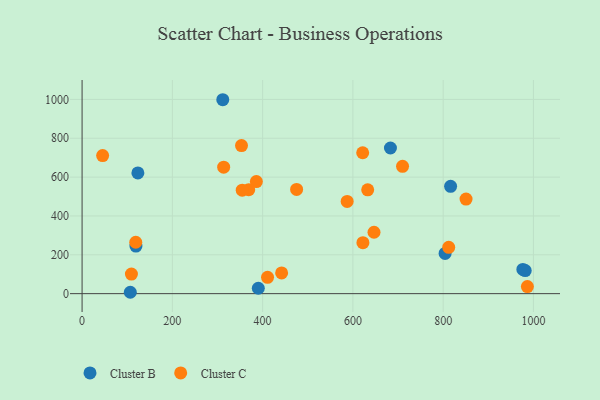
{"axis": {"x": "Ad Spend", "y": "Demand"}, "legend": ["Cluster B", "Cluster C"], "data": [{"x": "976.6", "y": 124.8, "type": "Cluster B"}, {"x": "683.2", "y": 749.9, "type": "Cluster B"}, {"x": "119.3", "y": 244.9, "type": "Cluster B"}, {"x": "804.3", "y": 207.3, "type": "Cluster B"}, {"x": "311.7", "y": 998.4, "type": "Cluster B"}, {"x": "816.5", "y": 552.6, "type": "Cluster B"}, {"x": "106.8", "y": 7.1, "type": "Cluster B"}, {"x": "390.4", "y": 27.8, "type": "Cluster B"}, {"x": "123.6", "y": 621.7, "type": "Cluster B"}, {"x": "981.8", "y": 118.6, "type": "Cluster B"}, {"x": "410.9", "y": 83.9, "type": "Cluster C"}, {"x": "386.1", "y": 577.1, "type": "Cluster C"}, {"x": "812.3", "y": 238.3, "type": "Cluster C"}, {"x": "621.7", "y": 725.3, "type": "Cluster C"}, {"x": "622.2", "y": 262.3, "type": "Cluster C"}, {"x": "587.3", "y": 474.6, "type": "Cluster C"}, {"x": "475.3", "y": 536.4, "type": "Cluster C"}, {"x": "369.2", "y": 535.2, "type": "Cluster C"}, {"x": "710.0", "y": 655.5, "type": "Cluster C"}, {"x": "850.7", "y": 486.9, "type": "Cluster C"}, {"x": "646.8", "y": 316.0, "type": "Cluster C"}, {"x": "313.7", "y": 651.1, "type": "Cluster C"}, {"x": "118.9", "y": 264.7, "type": "Cluster C"}, {"x": "354.8", "y": 532.8, "type": "Cluster C"}, {"x": "45.5", "y": 710.9, "type": "Cluster C"}, {"x": "632.8", "y": 534.4, "type": "Cluster C"}, {"x": "353.2", "y": 762.5, "type": "Cluster C"}, {"x": "109.3", "y": 101.0, "type": "Cluster C"}, {"x": "986.6", "y": 36.4, "type": "Cluster C"}, {"x": "442.1", "y": 106.5, "type": "Cluster C"}]}